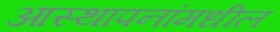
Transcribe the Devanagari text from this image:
आस्थापनांमधील